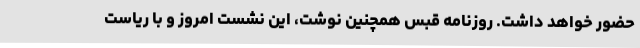
حضور خواهد داشت. روزنامه قبس همچنین نوشت، این نشست امروز و با ریاست